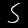
Label: 5